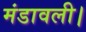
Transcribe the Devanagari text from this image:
मंडावली।